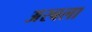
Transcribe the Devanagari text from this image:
अरबला